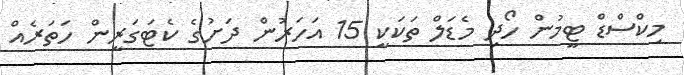
މިކްސްްޑް ޓީމުން ހޯދި މެޑަލް ތަކަކީ 15 އަހަރުން ދަށުގެ ކެޓަގަރީން ހަތަރެއް